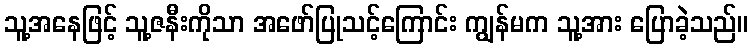
သူ့အနေဖြင့် သူ့ဇနီးကိုသာ အဖော်ပြုသင့်ကြောင်း ကျွန်မက သူ့အား ပြောခဲ့သည်။